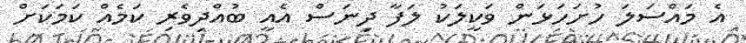
އެ މައްސަލަ ހުށަހަޅަން ވަކީލަކު ލަފާ ދިނަސް އެއީ ބުއްދިވެރި ކަމެއް ކަމަކަށް